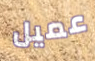
عميل